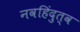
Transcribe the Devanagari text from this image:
नवहिंदुत्व